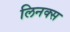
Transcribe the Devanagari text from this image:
लिनक्‍स